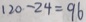
1 2 0 - 2 4 = 9 6